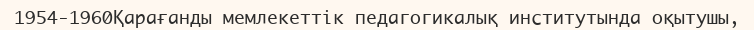
1954-1960Қарағанды мемлекеттік педагогикалық институтында оқытушы,